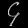
Digit: ၄